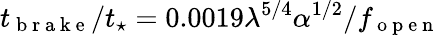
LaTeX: t_{\mathrm{~b~r~a~k~e~}}/t_{\star}=0.0019\lambda^{5/4}\alpha^{1/2}/f_{\mathrm{~o~p~e~n~}}